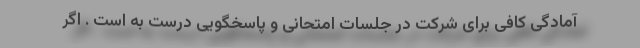
آمادگی کافی برای شرکت در جلسات امتحانی و پاسخگویی درست به است . اگر